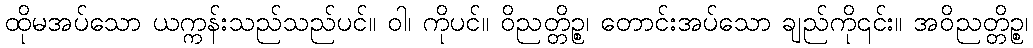
ထိုမအပ်သော ယက္ကန်းသည်သည်ပင်။ ဝါ၊ ကိုပင်။ ဝိညတ္တိဉ္စ၊ တောင်းအပ်သော ချည်ကို၎င်း။ အဝိညတ္တိဉ္စ၊